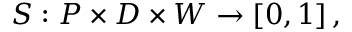
S : { \cal P } \times { \cal D } \times { \cal W } \rightarrow [ 0 , 1 ] \, ,